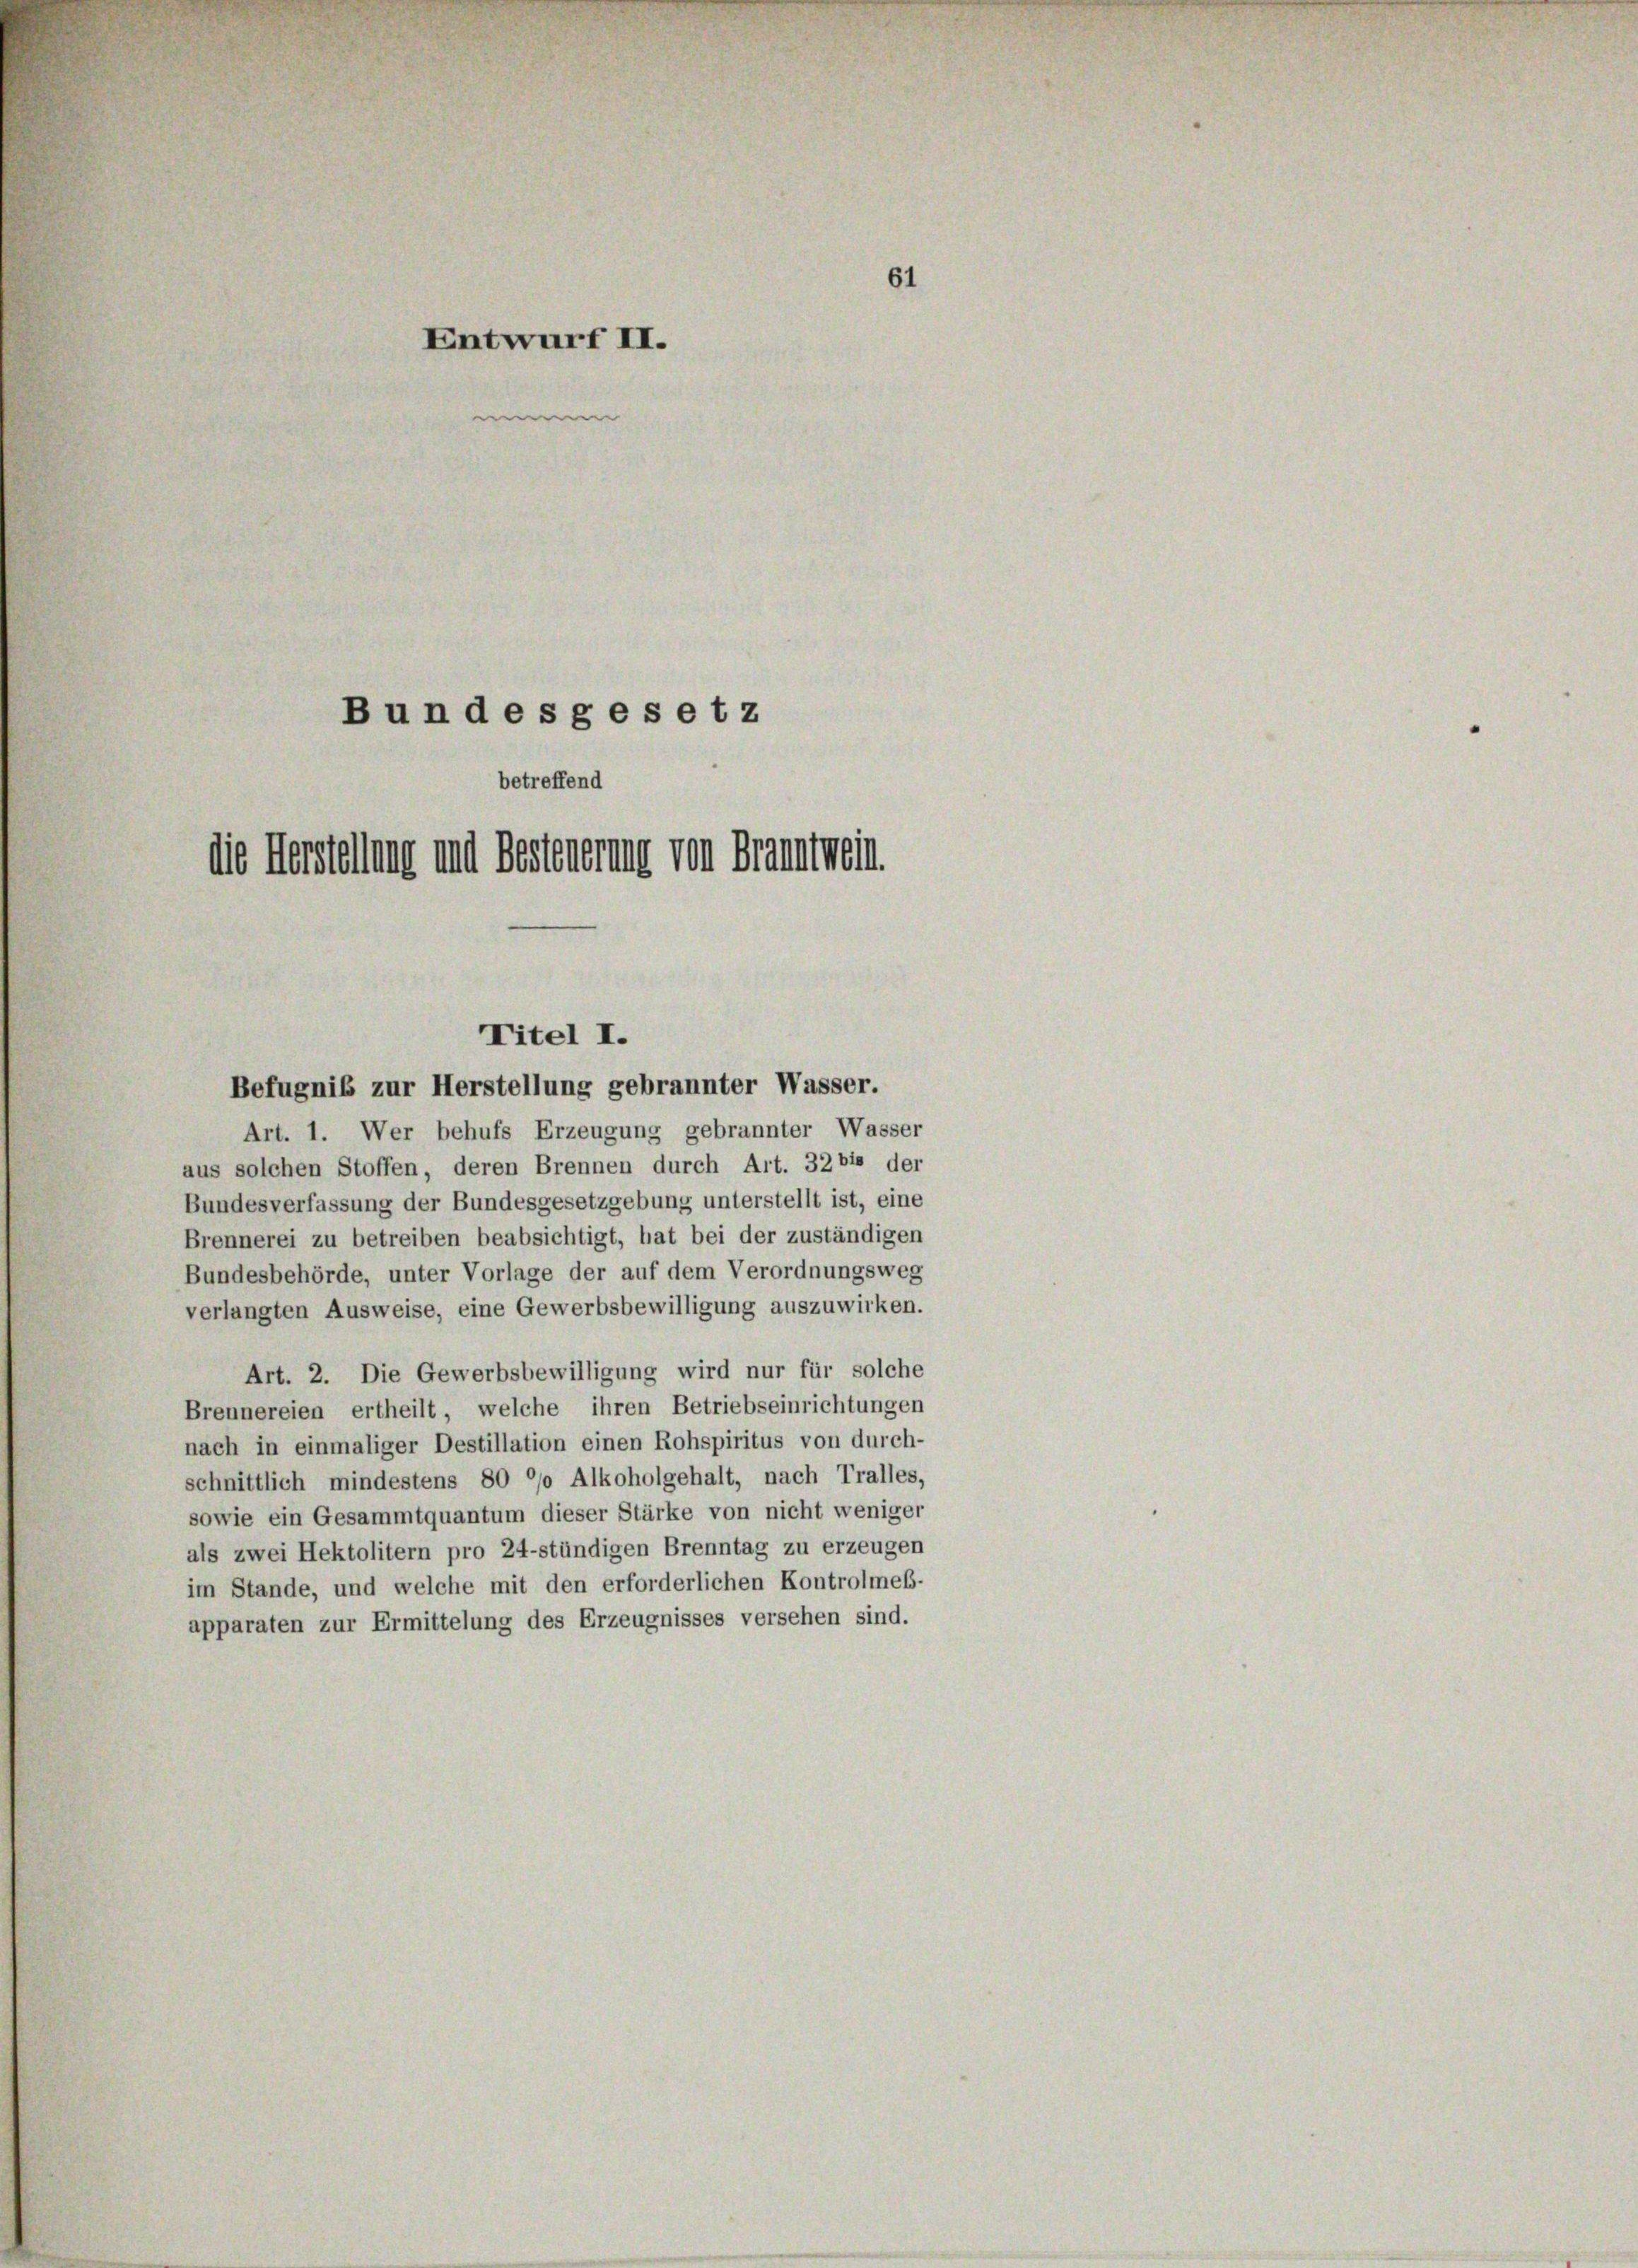
Entwurf II.
B un des gesetz
betreffend
die Herstellung und Besteuerung von Franntwein

Art. 1. Wer behufs Erzeugung gebrannter Wasser
aus solchen Stoffen, deren Brennen durch Art. 32 bis der
Bundesverfassung der Bundesgesetzgebung unterstellt ist, eine
Brennerei zu betreiben beabsichtigt, hat bei der zuständigen
Bundesbehörde, unter Vorlage der auf dem Verordnungsweg
verlangten Ausweise, eine Gewerbsbewilligung auszuwirken.
Art. 2. Die Gewerbsbewilligung wird nur für solche
Brennereien ertheilt, welche ihren Betriebseinrichtungen
nach in einmaliger Destillation einen Rohspiritus von durch-
schnittlich mindestens 80 °/o Alkoholgehalt, nach Tralles,
sowie ein Gesammtquantum dieser Stärke von nicht weniger
als zwei Hektolitern pro 24-stündigen Brenntag zu erzeugen
im Stande, und welche mit den erforderlichen Kontrolmeß-
apparaten zur Ermittelung des Erzeugnisses versehen sind.

Titel I.
Befugnis zur Herstellung gebrannter Wasser.

61